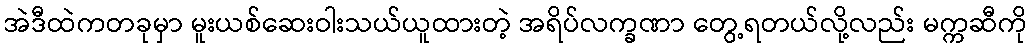
အဲဒီထဲကတခုမှာ မူးယစ်ဆေးဝါးသယ်ယူထားတဲ့ အရိပ်လက္ခဏာ တွေ့ရတယ်လို့လည်း မက္ကဆီကို